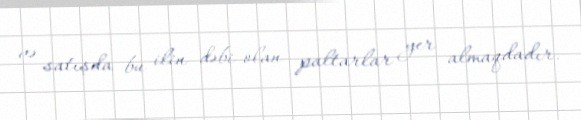
və satışda bu ilin dəbi olan paltarlar yer almaqdadır.